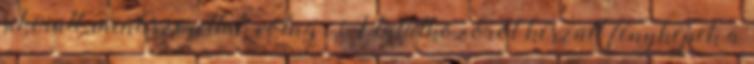
sikerült, mint szerettük volna. A találkozóról készült fényképek a